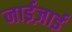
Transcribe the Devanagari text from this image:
नाईज़ाई